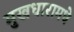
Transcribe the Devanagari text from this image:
मुखधारामधे